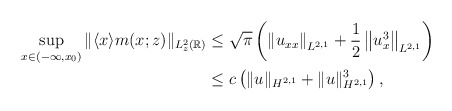
\begin{align*}\begin{aligned}\sup _{x\in\left(-\infty, x_0\right)}\|\langle x\rangle m(x;z)\|_{L_z^2(\mathbb{R})} & \leq \sqrt{\pi}\left(\left\|u_{xx}\right\|_{L^{2,1}}+\frac{1}{2}\left\|u_x^3\right\|_{L^{2,1}}\right) \\& \leq c\left(\|u\|_{H^{2,1}}+\|u\|_{H^{2,1}}^3\right),\end{aligned}\end{align*}